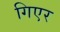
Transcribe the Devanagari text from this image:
गिएर